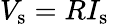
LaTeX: V_{\mathrm{s}}=RI_{\mathrm{s}}\,